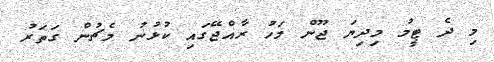
މި ދެ ޓީމު މިދިޔަ ޖޫން މަހު ރާއްޖޭގައި ކުޅުނު މެޗުން ގަތަރު